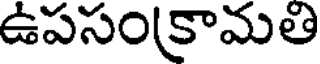
ఉపసంకామతి